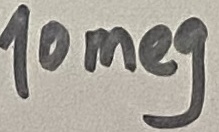
Text: 10meg